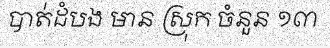
បាត់ដំបង មាន ស្រុក ចំនួន ១៣